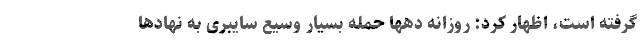
گرفته است، اظهار کرد: روزانه دهها حمله‌ بسیار وسیع سایبری به نهادها